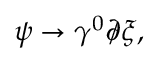
\psi \rightarrow \gamma ^ { 0 } \partial \! \! \! / \xi ,